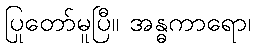
ပြုတော်မူပြီ။ အန္ဓကာရော၊